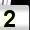
Digit: 2